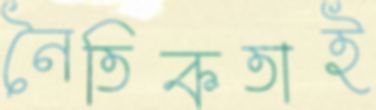
নৈতিকতাই